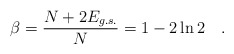
\begin{align*}\beta=\frac{N+2E_{g.s.}}{N}=1-2\ln 2\quad .\end{align*}